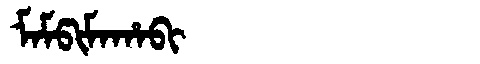
Manchu: ᠮᠠᠮᡦᡳᠮᠠᡥᠠᠪᡳ
Romanization: MAMPIMAHABI